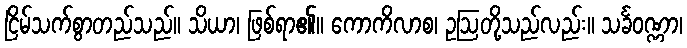
ငြိမ်သက်စွာတည်သည်။ သိယာ၊ ဖြစ်ရာ၏။ ကောကိလာစ၊ ဥဩတို့သည်လည်း။ သင်္ခဝဏ္ဏာ၊